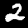
Label: 2